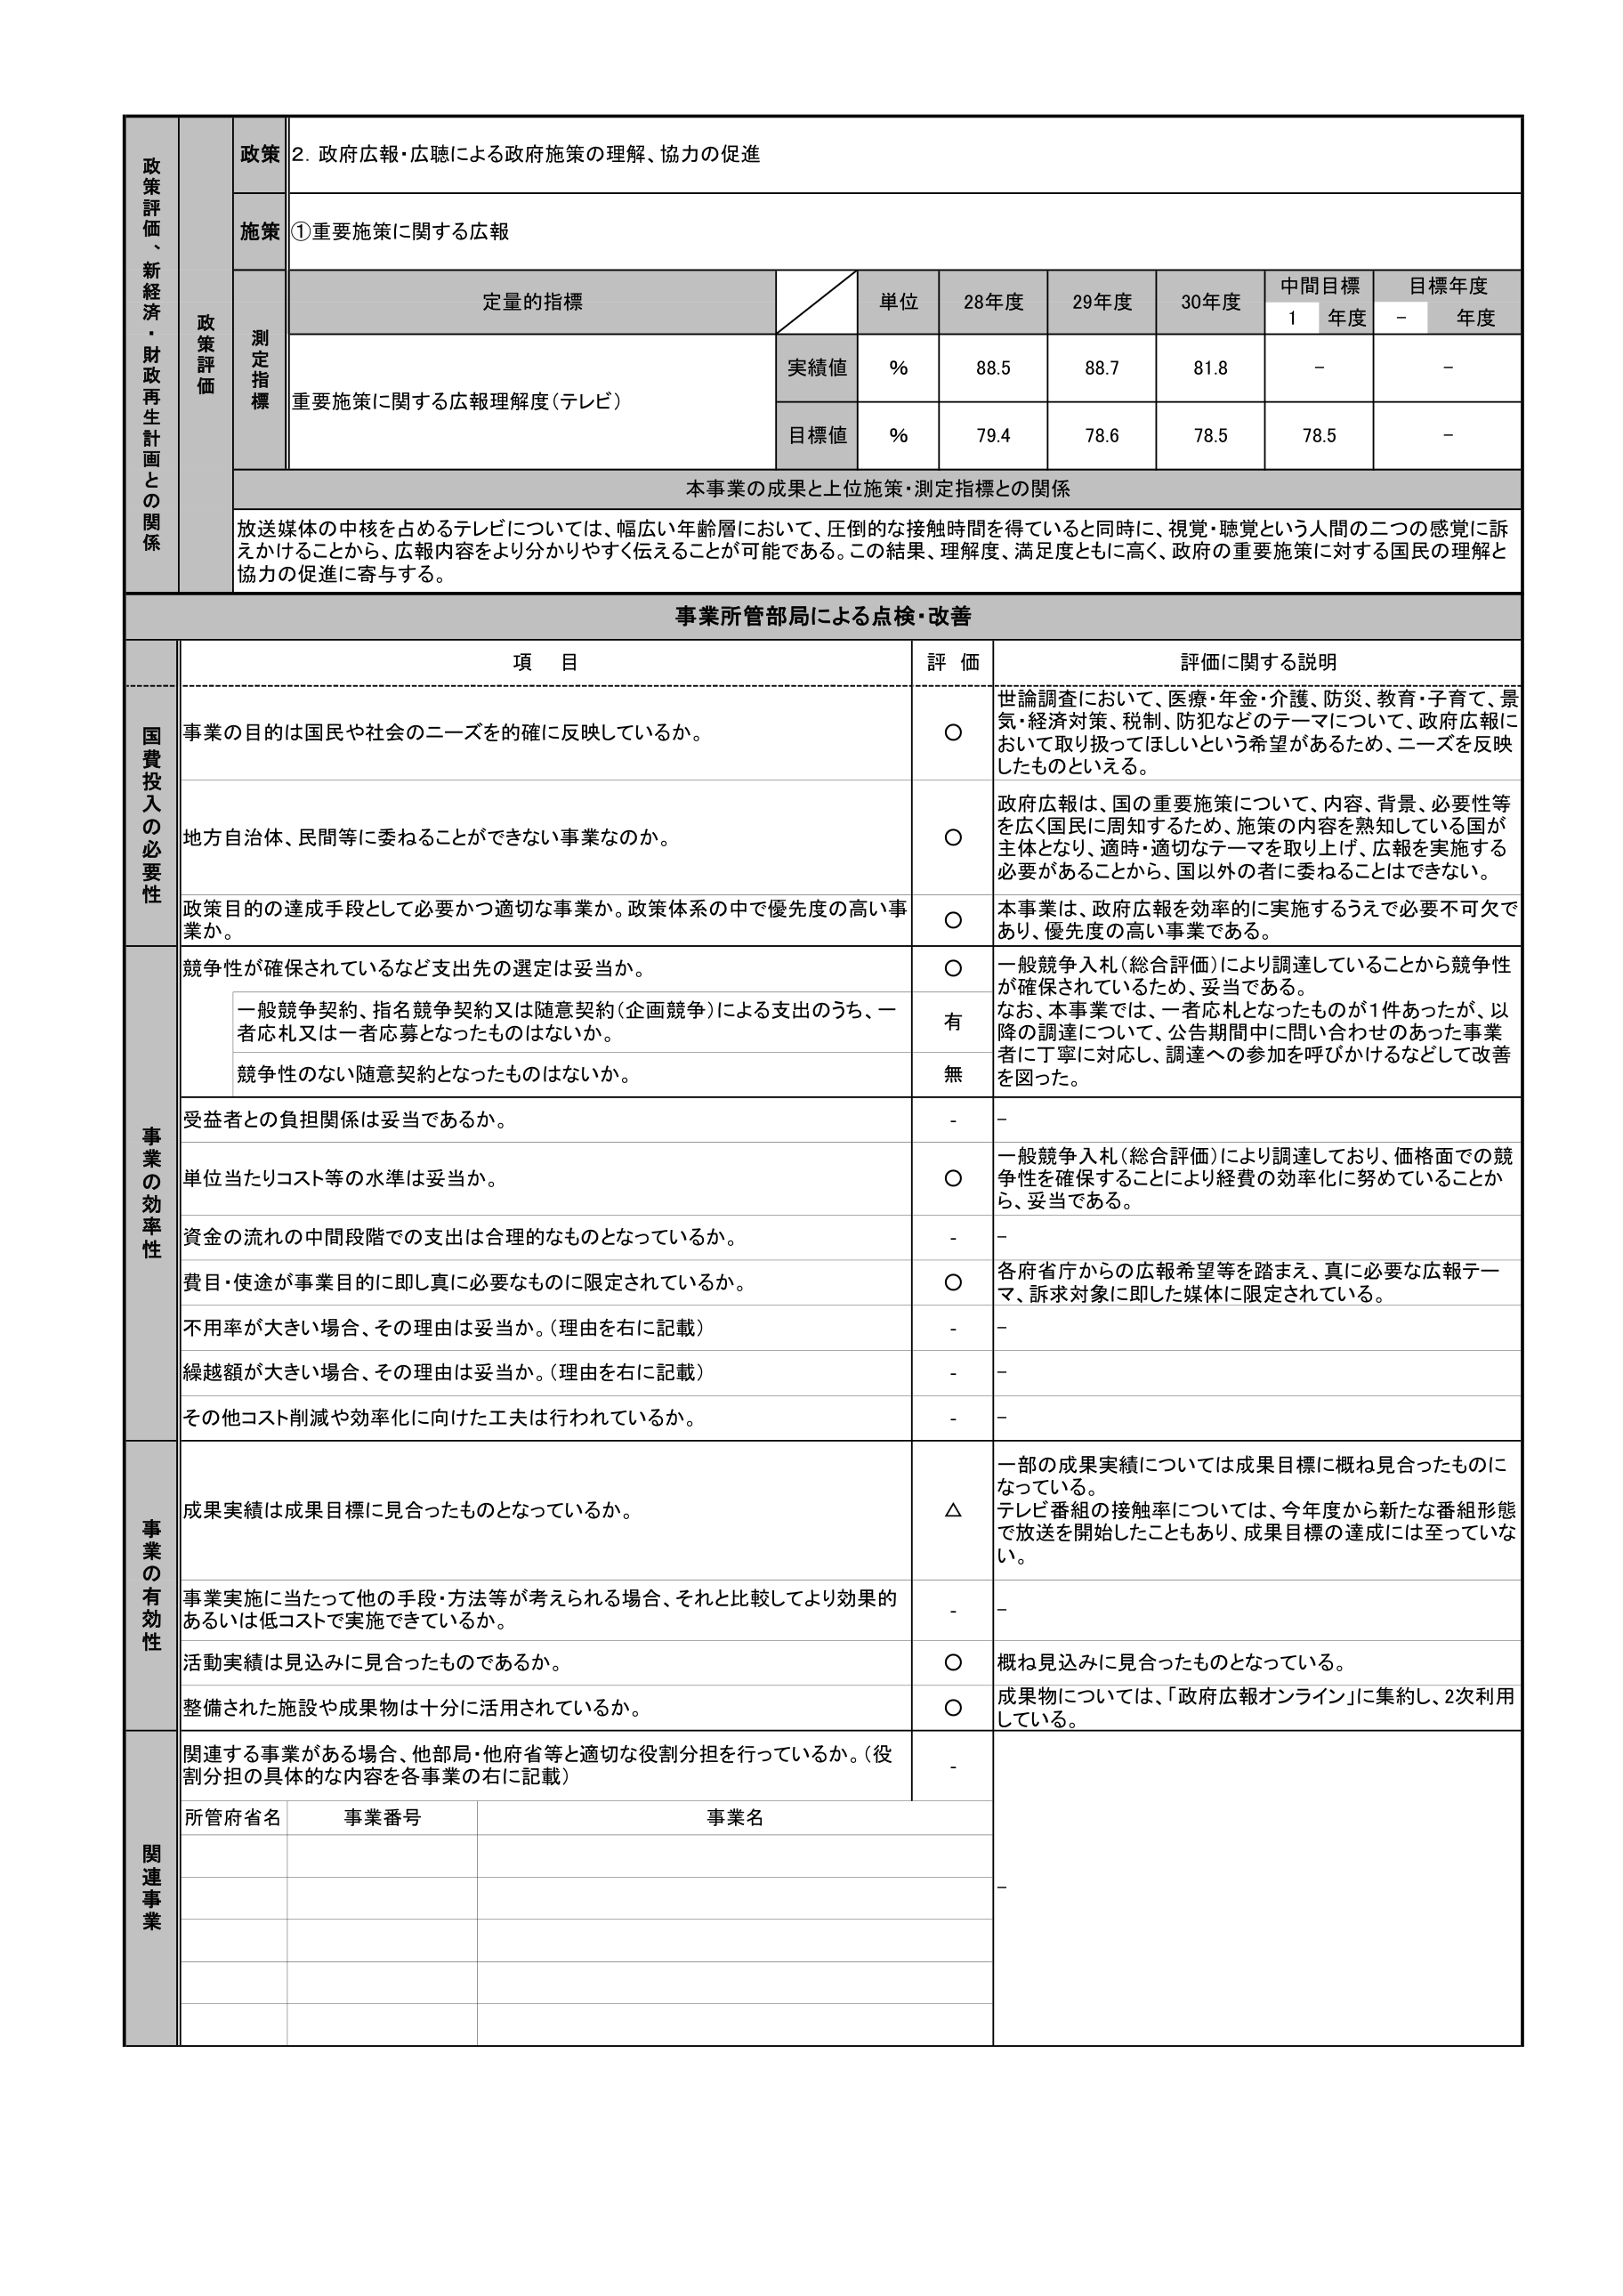
政策評価、新経済・財政再生計画との関係
政策
2. 政府広報・広聴による政府施策の理解、協力の促進
施策
①重要施策に関する広報
測定指標
定量的指標
単位
28年度
29年度
30年度
中間目標
1年度
目標年度
-年度
実績値
%
88.5
88.7
81.8
-
-
重要施策に関する広報理解度（テレビ）
目標値
%
79.4
78.6
78.5
78.5
-
本事業の成果と上位施策・測定指標との関係
放送媒体の中核を占めるテレビについては、幅広い年齢層において、圧倒的な接触時間を得ていると同時に、視覚・聴覚という人間の二つの感覚に訴えかけることから、広報内容をより分かりやすく伝えることが可能である。この結果、理解度、満足度ともに高く、政府の重要施策に対する国民の理解と協力の促進に寄与する。
事業所管部局による点検・改善
項目
評価
評価に関する説明
国費投入の必要性
事業の目的は国民や社会のニーズを的確に反映しているか。
〇
世論調査において、医療・年金・介護、防災、教育・子育て、景気・経済対策、税制、防犯などのテーマについて、政府広報において取り扱ってほしいという希望があるため、ニーズを反映したものといえる。
地方自治体、民間等に委ねることができない事業なのか。
〇
政府広報は、国の重要施策について、内容、背景、必要性等を広く国民に周知するため、施策の内容を熟知している国が主体となり、適時・適切なテーマを取り上げ、広報を実施する必要があることから、国以外の者に委ねることはできない。
政策目的の達成手段として必要かつ適切な事業か。政策体系の中で優先度の高い事業か。
〇
本事業は、政府広報を効率的に実施するうえで必要不可欠であり、優先度の高い事業である。
事業の効率性
競争性が確保されているなど支出先の選定は妥当か。
〇
一般競争入札（総合評価）により調達していることから競争性が確保されているため、妥当である。
一般競争契約、指名競争契約又は随意契約（企画競争）による支出のうち、一者応札又は一者応募となったものはないか。
有
なお、本事業では、一者応札となったものが1件あったが、以降の調達について、公告期間中に問い合わせのあった事業者に丁寧に対応し、調達への参加を呼びかけるなどして改善を図った。
競争性のない随意契約となったものはないか。
無
受益者との負担関係は妥当であるか。
-
-
単位当たりコスト等の水準は妥当か。
〇
一般競争入札（総合評価）により調達しており、価格面での競争性を確保することにより経費の効率化に努めていることから、妥当である。
資金の流れの中間段階での支出は合理的なものとなっているか。
-
-
費目・使途が事業目的に即し真に必要なものに限定されているか。
〇
各府省庁からの広報希望等を踏まえ、真に必要な広報テーマ、訴求対象に即した媒体に限定されている。
不用率が大きい場合、その理由は妥当か。（理由を右に記載）
-
-
繰越額が大きい場合、その理由は妥当か。（理由を右に記載）
-
-
その他コスト削減や効率化に向けた工夫は行われているか。
-
-
事業の有効性
成果実績は成果目標に見合ったものとなっているか。
△
一部の成果実績については成果目標に概ね見合ったものになっている。テレビ番組の接触率については、今年度から新たな番組形態で放送を開始したこともあり、成果目標の達成には至っていない。
事業実施に当たって他の手段・方法等が考えられる場合、それと比較してより効果的あるいは低コストで実施できているか。
-
-
活動実績は見込みに見合ったものであるか。
〇
概ね見込みに見合ったものとなっている。
整備された施設や成果物は十分に活用されているか。
〇
成果物については、「政府広報オンライン」に集約し、2次利用している。
関連事業
関連する事業がある場合、他部局・他府省等と適切な役割分担を行っているか。（役割分担の具体的な内容を各事業の右に記載）
-
所管府省名
事業番号
事業名
-